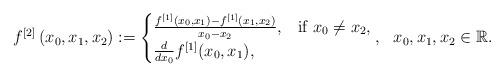
LaTeX: \begin{align*}{f^{[2]} \left(x_0,x_{1},x_2 \right)} :=\begin{cases}\frac{f^{[1]}(x_0,x_1) - f^{[1]}(x_1,x_2)}{x_0 - x_2}, & \text{if~$x_0\neq x_2$}, \\ \frac {d}{dx_0} f^{[1]}(x_0,x_1), & \end{cases}, \ \ x_0, x_1,x_2\in\mathbb{R}.\end{align*}